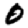
Digit: 0